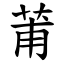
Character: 莆